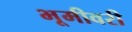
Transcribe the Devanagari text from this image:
भूमीवरी